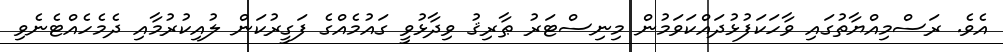
އެވެ. ރަސްމިއްޔާތުގައި ވާހަކަފުޅުދައްކަވަމުން މިނިސްޓަރު ޠާރިޤު ވިދާޅުވީ ގައުމެއްގެ ފަގީރުކަން ލުއިކުރުމާއި ދެމެހެއްޓެނެވި